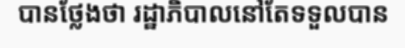
បានថ្លែងថា រដ្ឋាភិបាលនៅតែទទួលបាន